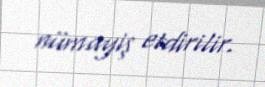
nümayiş etdirilir.